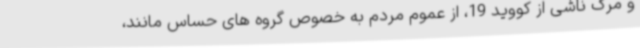
و مرگ ناشی از کووید 19، از عموم مردم به خصوص گروه های حساس مانند،